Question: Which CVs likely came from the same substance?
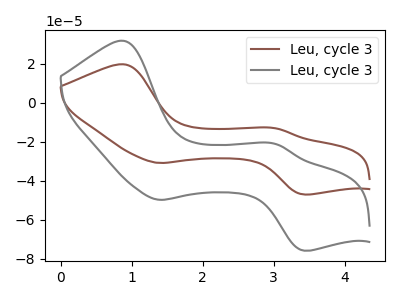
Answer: <think>The brown curve "Leu, cycle 31" has anodic peaks at (0.90V, 19.65uA) (3.05V, -13.10uA) and cathodic peaks at (1.40V, -30.85uA) (3.40V, -47.00uA). The gray curve "Leu, cycle 32" has anodic peaks at (0.90V, 31.65uA) (3.05V, -21.10uA) and cathodic peaks at (1.40V, -49.70uA) (3.40V, -75.70uA).
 All the peaks in "Leu, cycle 31" have a peak in "Leu, cycle 32" at the same potential.</think>
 <answer>"Leu, cycle 32" and "Leu, cycle 31" have the same shape and are likely CV's of the same chemical.</answer>
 <eval>"Leu, cycle 32" "Leu, cycle 31"</eval>